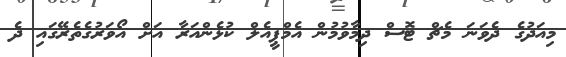
މިއަދުގެ ދެވަނަ މެޗް ޓޮސް ދިމާވުމުން އެމްޕީއެލްް ކުޅެންއަރާ އަށް އޯވަރުގެތެރޭގައި ދެ